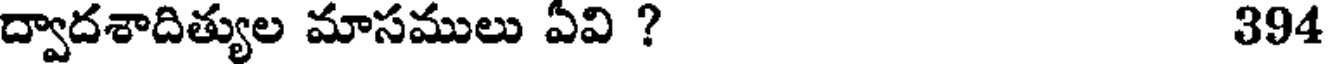
ద్వాదశాదిత్యుల మాసములు ఏవి ? 394